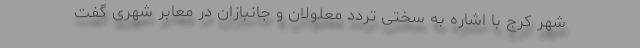
شهر کرج با اشاره به سختی تردد معلولان و جانبازان در معابر شهری گفت